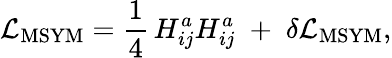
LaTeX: {\cal L}_{\mathrm{MSYM}}={\frac{1}{4}}\, H_{ij}^{a}H_{ij}^{a}\; +\; \delta{\cal L}_{\mathrm{MSYM}},